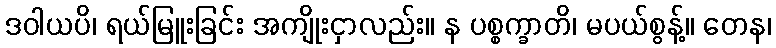
ဒဝါယပိ၊ ရယ်မြူးခြင်း အကျိုးငှာလည်း။ န ပစ္စက္ခာတိ၊ မပယ်စွန့်။ တေန၊